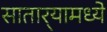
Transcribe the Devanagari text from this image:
सातार्‍यामध्ये